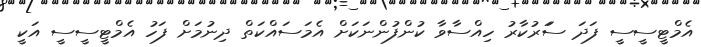
އެމްޓީސީސީ ފަދަ ސަަރުކާރު ހިއްސާވާ ކުންފުންނަކަށް އެމަސައްކަތް ދިނުމަށް ފަހު އެމްޓީސީސީ އަކީ